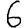
Digit: 6